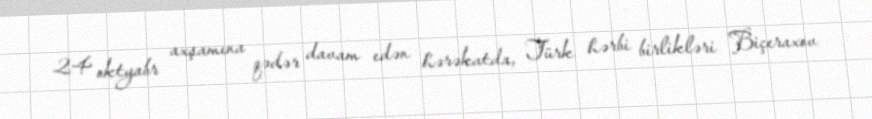
24 oktyabr axşamına qədər davam edən hərəkatda, Türk hərbi birlikləri Biçeraxov